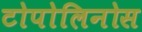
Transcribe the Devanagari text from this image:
टोपोलिनोस